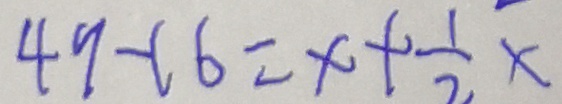
4 9 - 1 6 = x + \frac { 1 } { 2 } x